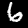
Digit: 6